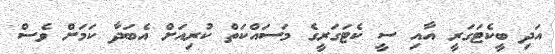
އަދި ބީކެޓަގަރީ އާއި ސީ ކެޓަގަރީގެ މަސައްކަތް ކުރިއަށް އެބަދާ ކަމަށް ވެސް